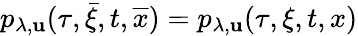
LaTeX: p_{\lambda,\mathbf{u}}(\tau,\bar{{\xi}},t,\overline{{{x}}})=p_{\lambda,\mathbf{u}}(\tau,\xi,t,x)